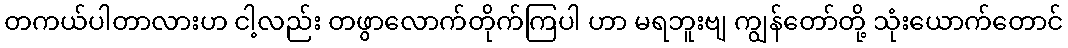
တကယ်ပါတာလားဟ ငါ့လည်း တဖွာလောက်တိုက်ကြပါ ဟာ မရဘူးဗျ ကျွန်တော်တို့ သုံးယောက်တောင်